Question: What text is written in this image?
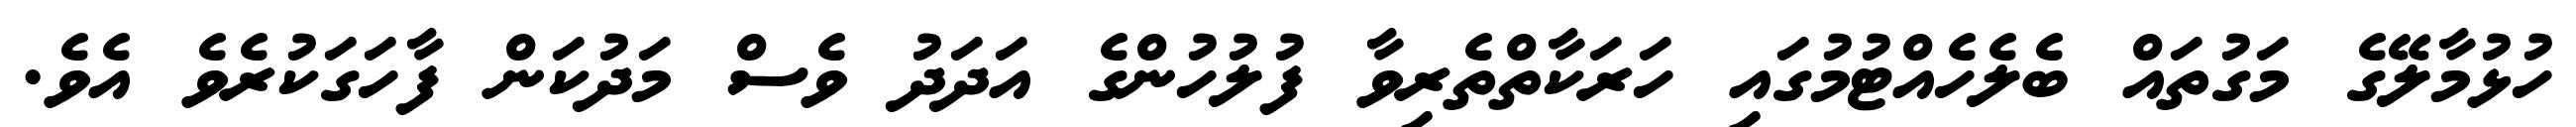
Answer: ހުޅުމާލޭގެ މަގުތައް ބެލެހެއްޓުމުގައި ހަރަކާތްތެރިވާ ފުލުހުންގެ އަދަދު ވެސް މަދުކަން ފާހަގަކުރެވެ އެވެ.